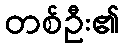
တစ်ဦး၏